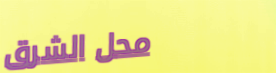
محل الشرق